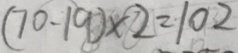
( 7 0 - 1 9 ) \times 2 = 1 0 2